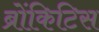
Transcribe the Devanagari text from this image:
ब्रोंकिटिस